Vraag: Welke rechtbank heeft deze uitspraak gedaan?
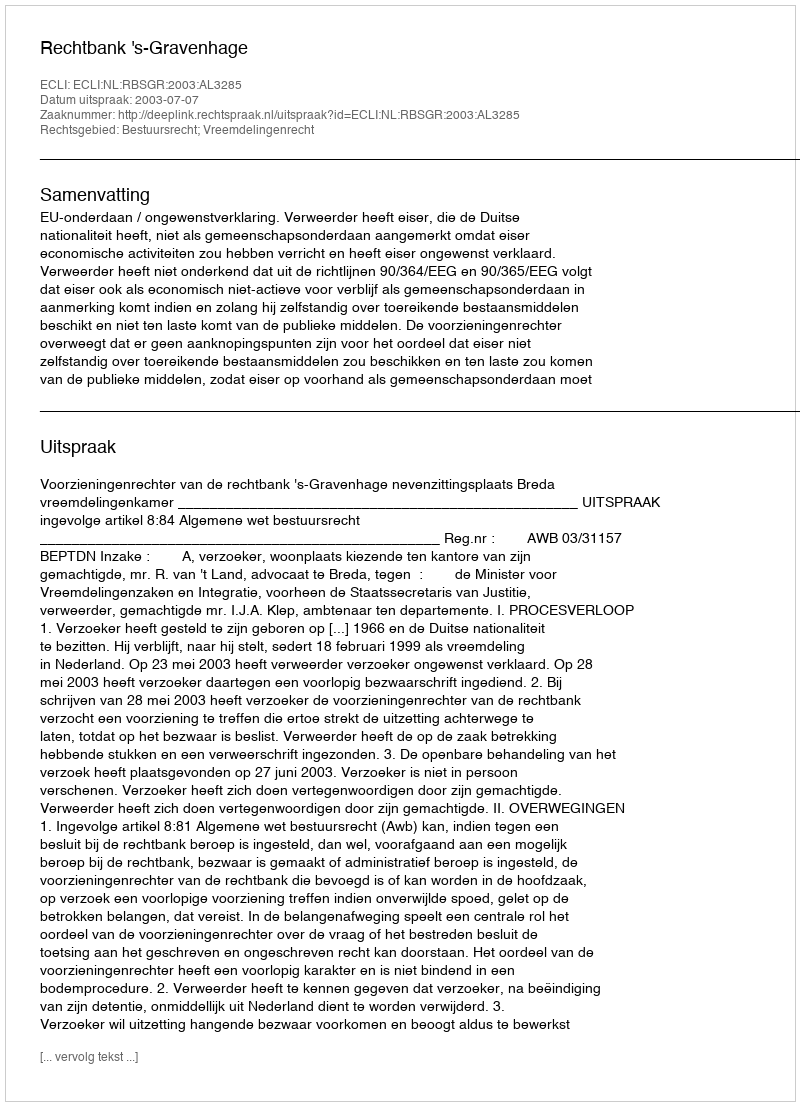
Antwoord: Rechtbank 's-Gravenhage